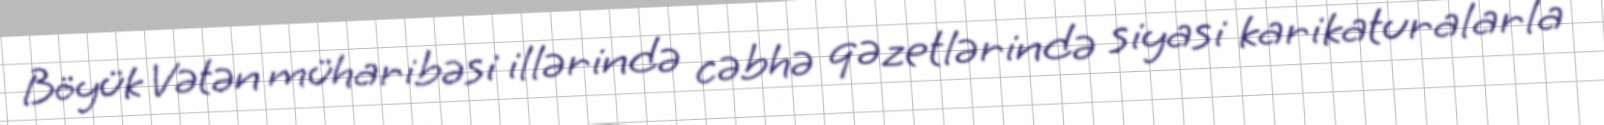
Böyük Vətən müharibəsi illərində cəbhə qəzetlərində siyasi karikaturalarla